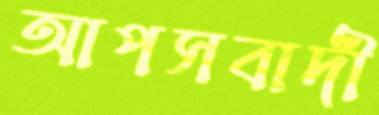
আপসবাদী